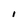
Character: I